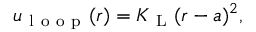
u _ { \mathrm { ~ l ~ o ~ o ~ p ~ } } ( r ) = K _ { \mathrm { ~ L ~ } } ( r - a ) ^ { 2 } ,